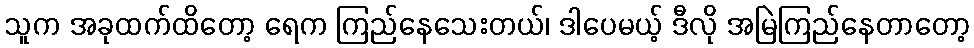
သူက အခုထက်ထိတော့ ရေက ကြည်နေသေးတယ်၊ ဒါပေမယ့် ဒီလို အမြဲကြည်နေတာတော့